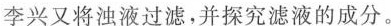
李兴又将浊液过滤，并探究滤液的成分。